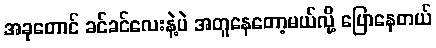
အခုတောင် ခင်ခင်လေးနဲ့ပဲ အတူနေတော့မယ်လို့ ပြောနေတယ်